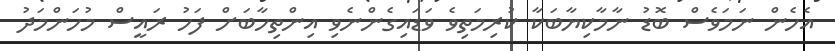
އެހެން ނަމަވެސް ބޮޑު ނާމާކިޔާބަކާ ކުރިމަތިވެ ވަޑައިގެންނެވި އިންތިހާބަށް ފަހު ރައީސް މުހަންމަދު